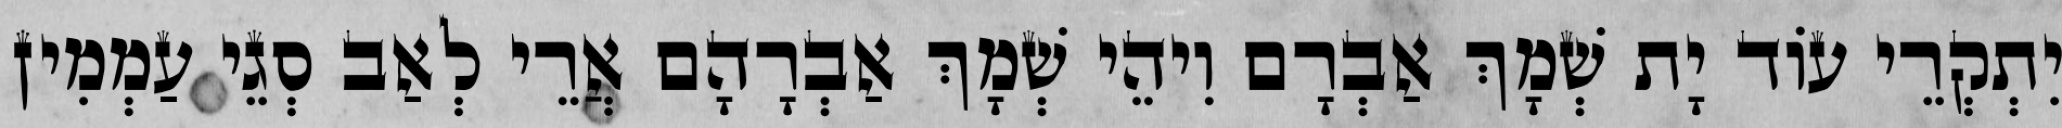
יִתְקְרֵי עוֹד יָת שְׁמָךְ אַבְרָם וִיהֵי שְׁמָךְ אַבְרָהָם אֲרֵי לְאַב סְגֵי עַמְמִין